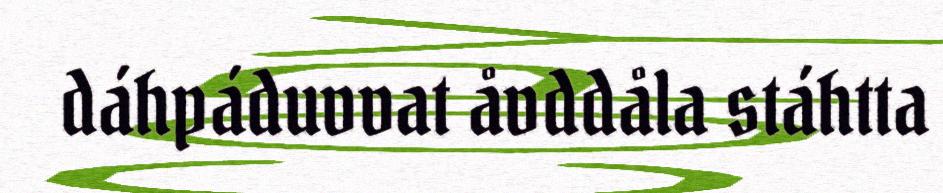
dáhpáduvvat åvddåla stáhtta